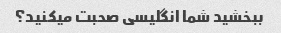
ببخشید شما انگلیسی صحبت میکنید؟